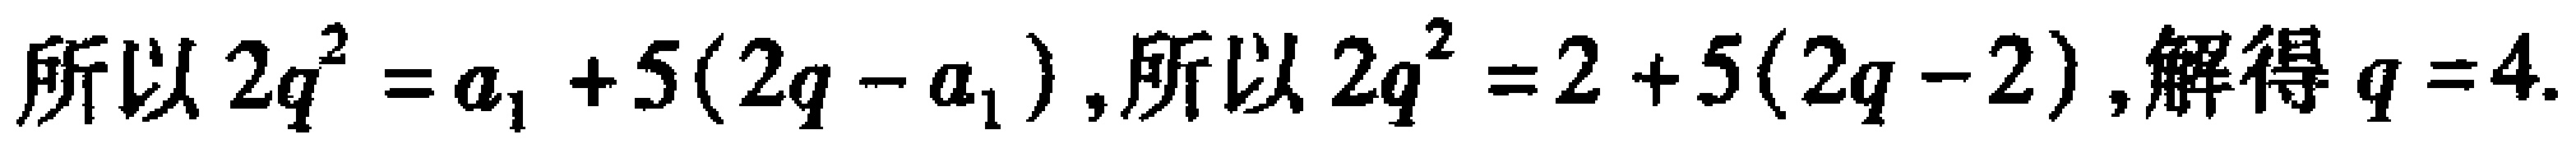
所以 \(2q^{2}=a_{1}+5(2q - a_{1})\)，所以 \(2q^{2}=2 + 5(2q - 2)\)，解得 \(q = 4\).